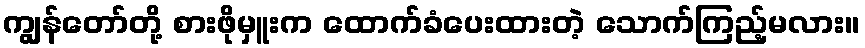
ကျွန်တော်တို့ စားဖိုမှူးက ထောက်ခံပေးထားတဲ့ သောက်ကြည့်မလား။